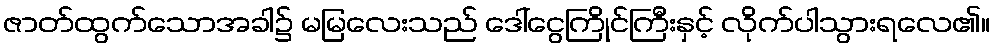
ဇာတ်ထွက်သောအခါ၌ မမြလေးသည် ဒေါ်ငွေကြိုင်ကြီးနှင့် လိုက်ပါသွားရလေ၏။